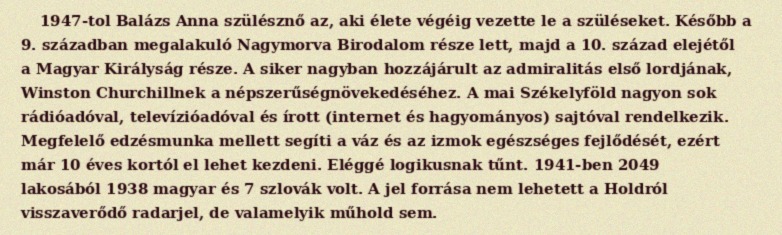
1947-tol Balázs Anna szülésznő az, aki élete végéig vezette le a szüléseket. Később a 9. században megalakuló Nagymorva Birodalom része lett, majd a 10. század elejétől a Magyar Királyság része. A siker nagyban hozzájárult az admiralitás első lordjának, Winston Churchillnek a népszerűségnövekedéséhez. A mai Székelyföld nagyon sok rádióadóval, televízióadóval és írott (internet és hagyományos) sajtóval rendelkezik. Megfelelő edzésmunka mellett segíti a váz és az izmok egészséges fejlődését, ezért már 10 éves kortól el lehet kezdeni. Eléggé logikusnak tűnt. 1941-ben 2049 lakosából 1938 magyar és 7 szlovák volt. A jel forrása nem lehetett a Holdról visszaverődő radarjel, de valamelyik műhold sem.